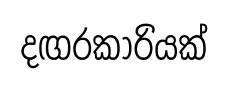
දඟරකාරියක්